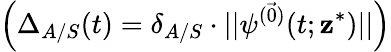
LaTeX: \left(\Delta_{A/S}(t)=\delta_{A/S}\cdot\vert\vert\psi^{(\vec{0})}(t;\mathbf{z}^{*})\vert\vert\right)